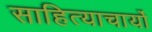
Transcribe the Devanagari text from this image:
साहित्याचार्यो